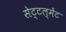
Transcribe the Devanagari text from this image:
सेट्टल्मेंट